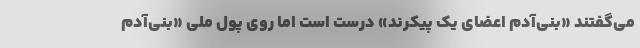
می‌گفتند «بنی‌آدم اعضای یک پیکرند» درست است اما روی پول ملی «بنی‌آدم